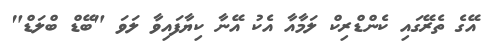
އޭގެ ތެރޭގައި ކެންޑްރިކް ލަމާއާ އެކު އޭނާ ކިޔާފައިވާ ލަވަ "ބޭޑް ބްލަޑް"